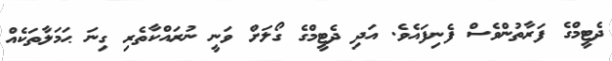
ދެޓީމްގެ ފަރާތުންވެސް ފެނިފައެވެ. އަދި ދެޓީމްގެ ގޯލަށް ވަނީ ނުރައްކާތެރި ގިނަ ޙަމަލާތަކެއް